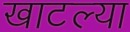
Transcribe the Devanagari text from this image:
खाटल्या